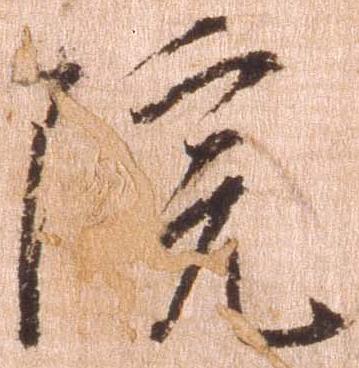
院